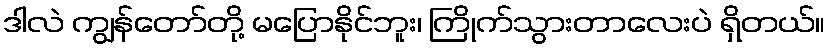
ဒါလဲ ကျွန်တော်တို့ မပြောနိုင်ဘူး၊ ကြိုက်သွားတာလေးပဲ ရှိတယ်။